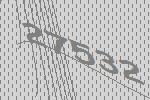
27532